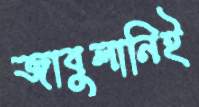
জাবুলানিই